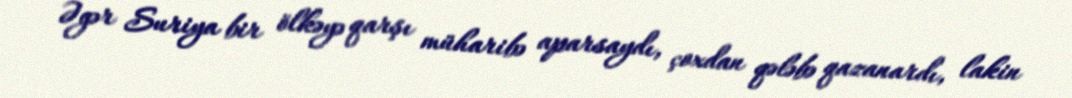
Əgər Suriya bir ölkəyə qarşı müharibə aparsaydı, çoxdan qələbə qazanardı, lakin